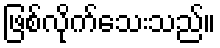
ဖြစ်လိုက်သေးသည်။